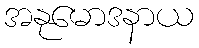
အနုမောဒနာယ